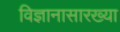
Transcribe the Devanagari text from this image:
विज्ञानासारख्या